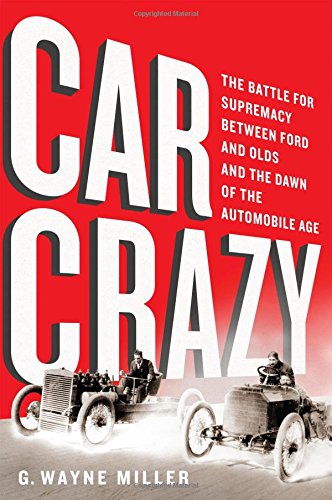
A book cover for Car Crazy: The Battle for Supremacy between Ford and Olds and the Dawn of the Automobile Age; G. Wayne Miller; Business & Money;